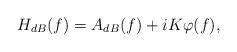
LaTeX: \begin{align*} H_{dB}(f)=A_{dB}(f)+i K\varphi(f),\end{align*}